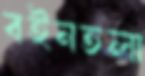
বইনতলা